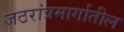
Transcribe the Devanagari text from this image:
जठरांत्रमार्गातील